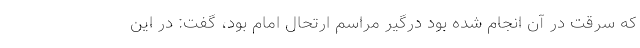
که سرقت در آن انجام شده بود درگیر مراسم ارتحال امام بود، گفت: در این